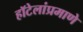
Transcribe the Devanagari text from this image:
हॉटेलांप्रमाणे